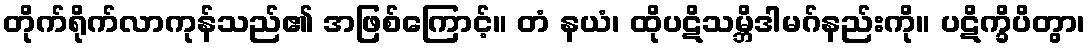
တိုက်ရိုက်လာကုန်သည်၏ အဖြစ်ကြောင့်။ တံ နယံ၊ ထိုပဋိသမ္ဘိဒါမဂ်နည်းကို။ ပဋိက္ခိပိတွာ၊